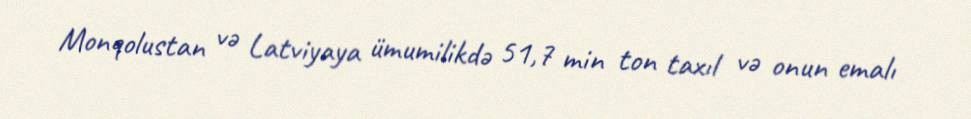
Monqolustan və Latviyaya ümumilikdə 51,7 min ton taxıl və onun emalı